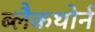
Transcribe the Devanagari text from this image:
ब्लैकथोर्न